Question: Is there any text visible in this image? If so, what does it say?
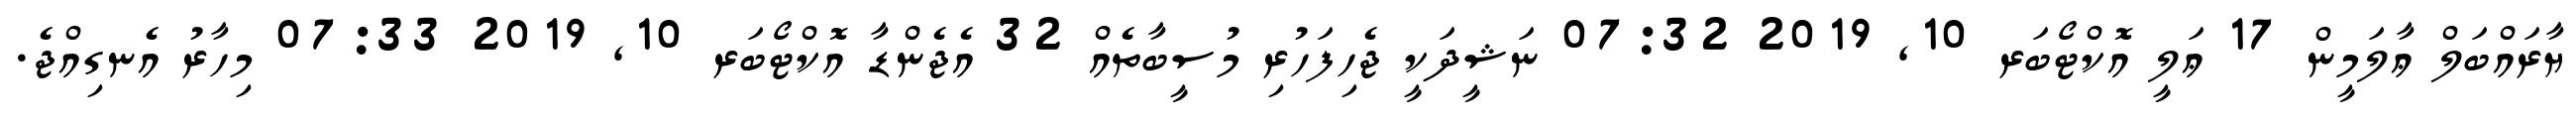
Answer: ޔާރައްބަލް ޢާލަމީން 17 ޢަލީ އޮކްޓޯބަރ 10, 2019 07:32 ނަޝީދަކީ ޖެހިފަހުރި މުސީބާތެއް 32 އެޖެންޑާ އޮކްޓޯބަރ 10, 2019 07:33 މިހާރު އެނގިއްޖެ.